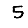
Digit: 5